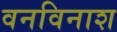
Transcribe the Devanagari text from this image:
वनविनाश